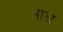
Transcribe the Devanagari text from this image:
आघ